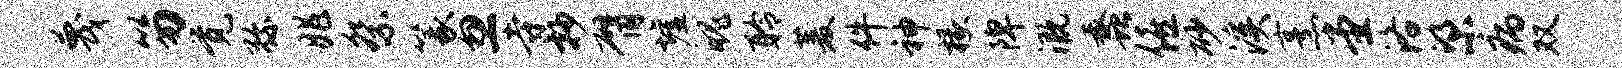
蔑笏觉弥兆祭篆忽寺抄臂墟魄聆菱件神椽陴溉蠡僖砂溪烹堂洛梁病双